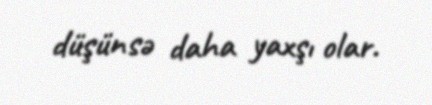
düşünsə daha yaxşı olar.